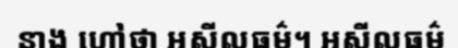
នាង ហៅថា អសីលធម៌។ អសីលធម៌